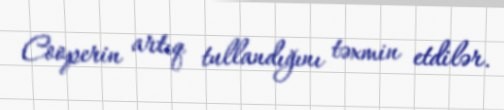
Cooperin artıq tullandığını təxmin etdilər.